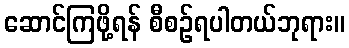
ဆောင်ကြဖို့ရန် စီစဉ်ရပါတယ်ဘုရား။